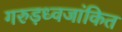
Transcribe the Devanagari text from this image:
गरुड़ध्वजांकित